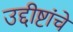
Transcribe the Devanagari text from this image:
उद्दीष्टांचे